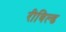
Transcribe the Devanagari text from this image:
रीबिल्ड